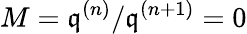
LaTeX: M={\mathfrak{q}}^{(n)}/{\mathfrak{q}}^{(n+1)}=0